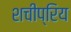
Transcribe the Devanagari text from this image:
शचीप्रिय